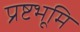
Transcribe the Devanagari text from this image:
प्रष्टभूमि